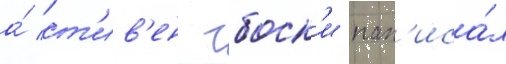
а́ ст'ив'ен чбоск'и нап'иса́л